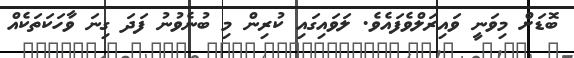
ބޮޑަށް މިވަނީ ވައިރަލްވެފައެވެ. ލަވައިގައި ކުރިން މި ބުނެވުނު ފަދަ ގިނަ ވާހަކަތަކެއް